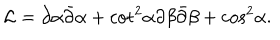
{ \cal L } = \partial \alpha \bar { \partial } \alpha + { \cot } ^ { 2 } \alpha \partial \beta \bar { \partial } \beta + { \cos } ^ { 2 } \alpha .